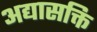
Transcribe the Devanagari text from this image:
अद्यासक्ति